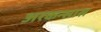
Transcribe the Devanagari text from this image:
अरकन्‍सास